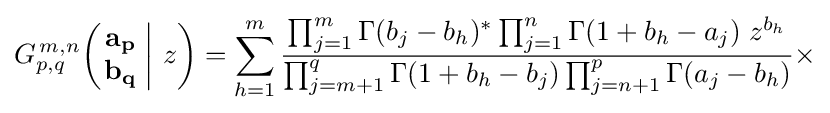
G_{p,q}^{\,m,n}\!\left(\left.{\begin{matrix}\mathbf {a_{p}} \\\mathbf {b_{q}} \end{matrix}}\;\right|\,z\right)=\sum _{h=1}^{m}{\frac {\prod _{j=1}^{m}\Gamma (b_{j}-b_{h})^{*}\prod _{j=1}^{n}\Gamma (1+b_{h}-a_{j})\;z^{b_{h}}}{\prod _{j=m+1}^{q}\Gamma (1+b_{h}-b_{j})\prod _{j=n+1}^{p}\Gamma (a_{j}-b_{h})}}\times